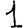
Digit: 1